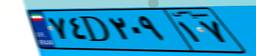
۷۴D۲۰۹۱۷